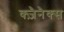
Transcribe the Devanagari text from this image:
क्ज़ैनैक्स